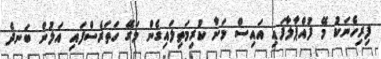
ފިރިހެނަކު މޭ ފުއްޕާލާފައި އައިސް މަށާ ކުރިމަތިލައިގެން މަގޭ ހަތަރެސްފައި އަލުން ބަނދެ